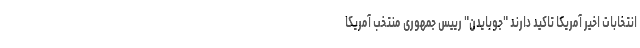
انتخابات اخیر آمریکا تاکید دارند "جوبایدن" رییس جمهوری منتخب آمریکا